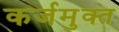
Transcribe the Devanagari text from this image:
कर्जमुक्त